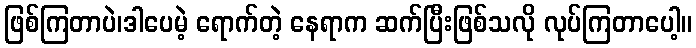
ဖြစ်ကြတာပဲ၊ဒါပေမဲ့ ရောက်တဲ့ နေရာက ဆက်ပြီးဖြစ်သလို လုပ်ကြတာပေါ့။